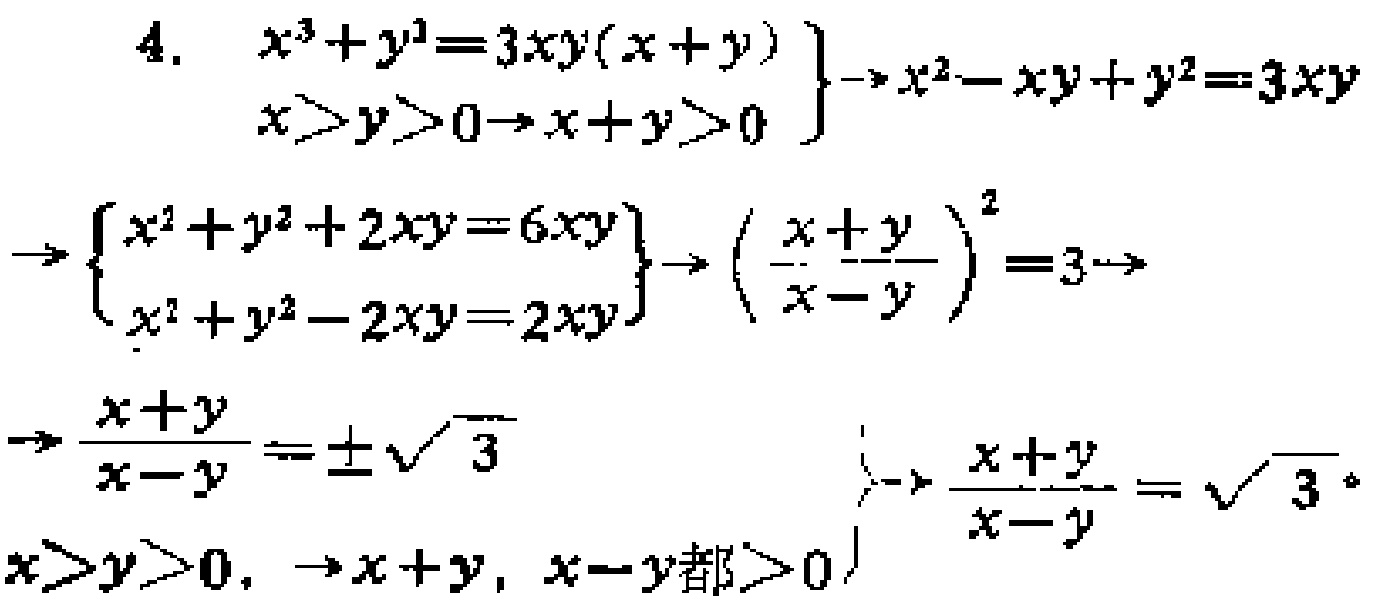
\[
\begin{align*}
&\left.\begin{array}{l}
x^{3}+y^{3}=3xy(x + y)\\
x>y>0\rightarrow x + y>0
\end{array}\right\}\to x^{2}-xy + y^{2}=3xy\\
\to&\left\{\begin{array}{l}
x^{2}+y^{2}+2xy = 6xy\\
x^{2}+y^{2}-2xy = 2xy
\end{array}\right\}\to\left(\frac{x + y}{x - y}\right)^{2}=3\to\\
\to&\frac{x + y}{x - y}=\pm\sqrt{3}\\
&x>y>0,\to x + y,x - y\text{都}>0\to\frac{x + y}{x - y}=\sqrt{3}
\end{align*}
\]